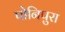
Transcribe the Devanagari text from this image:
पोनिपुरा